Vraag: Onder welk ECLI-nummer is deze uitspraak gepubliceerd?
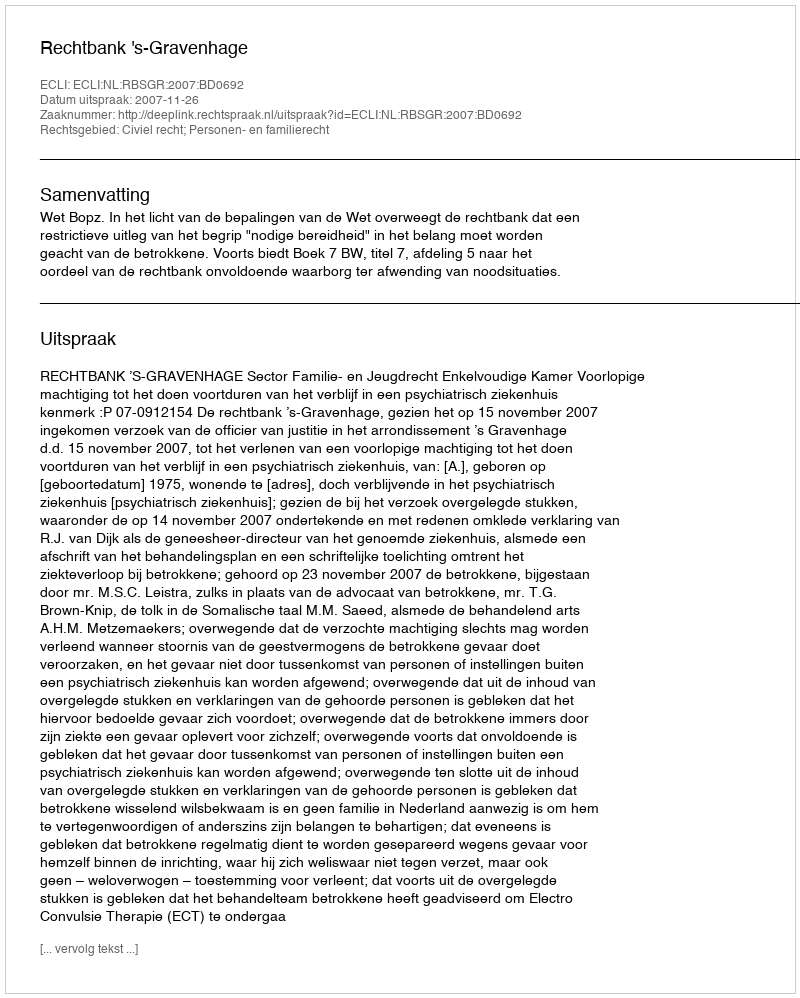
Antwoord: ECLI:NL:RBSGR:2007:BD0692